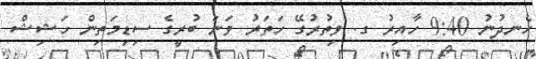
ހެނދުނު 9:40 ހާއިރު ގ. ވިތުރުގޭ ހަތަރު ވަނަ ބުރީގެ ސިޑިމަތިން ހަޝިޝް